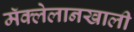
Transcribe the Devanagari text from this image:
मॅक्लेलानखाली